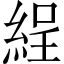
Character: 𦀚